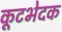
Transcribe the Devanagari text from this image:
कूटभेदक